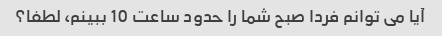
آیا می توانم فردا صبح شما را حدود ساعت 10 ببینم، لطفا؟